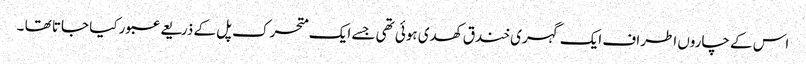
اس کے چاروں اطراف ایک گہری خندق کھدی ہوئی تھی جسے ایک متحرک پل کے ذریعے عبور کیا جاتا تھا ۔